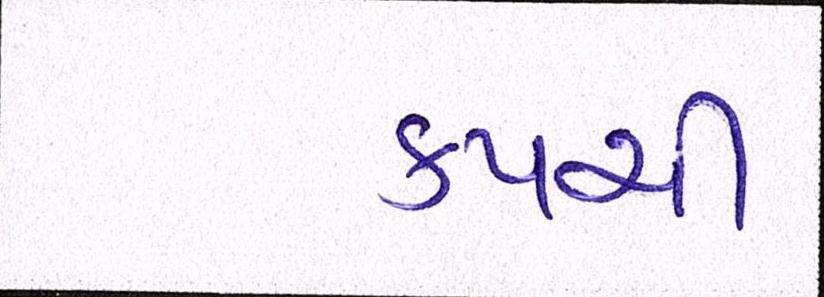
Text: કપચી